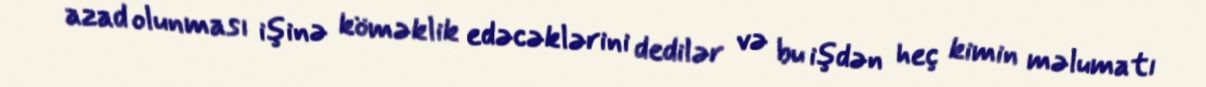
azad olunması işinə köməklik edəcəklərini dedilər və bu işdən heç kimin məlumatı